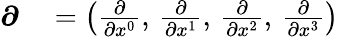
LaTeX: \begin{array}{rl}{{\boldsymbol{\partial}}}&{{}=\left({\frac{\partial}{\partial x^{0}}},\, {\frac{\partial}{\partial x^{1}}},\, {\frac{\partial}{\partial x^{2}}},\, {\frac{\partial}{\partial x^{3}}}\right)}\end{array}